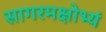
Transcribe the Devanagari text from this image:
सागरमक्षोभ्यं